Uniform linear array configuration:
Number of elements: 48
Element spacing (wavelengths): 0.5
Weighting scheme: hamming
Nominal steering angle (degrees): -15
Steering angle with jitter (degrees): -16.192
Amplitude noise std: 0.05
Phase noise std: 0.05

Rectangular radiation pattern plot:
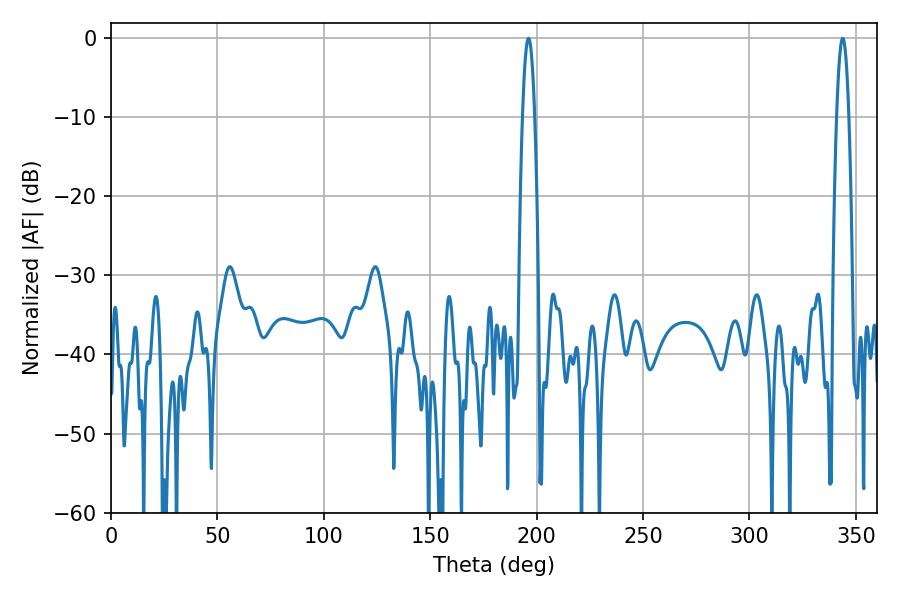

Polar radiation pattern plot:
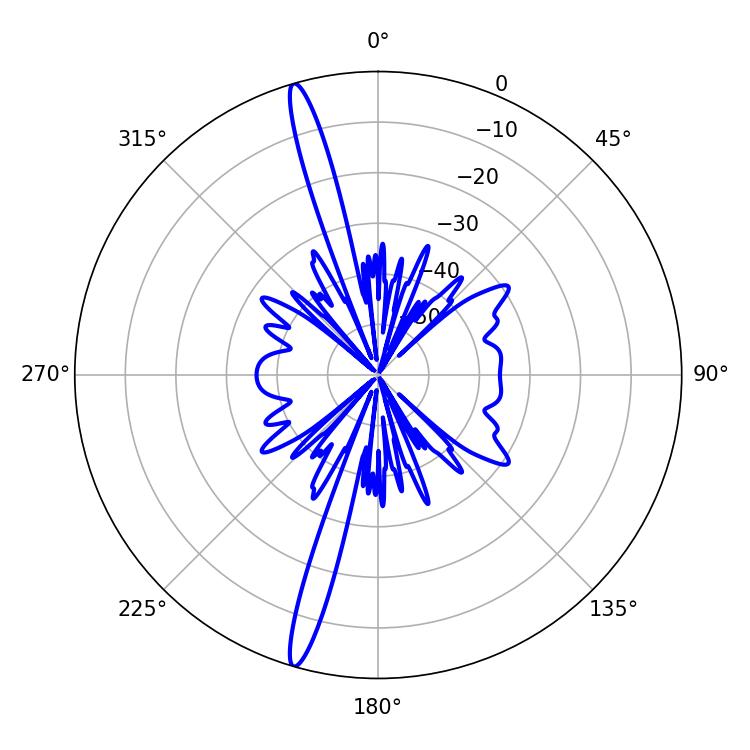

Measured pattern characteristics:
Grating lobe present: FALSE
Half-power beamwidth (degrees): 3.24
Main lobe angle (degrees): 343.8